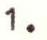
1.